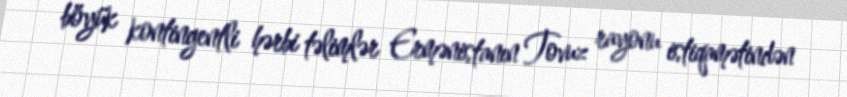
böyük kontingentli hərbi təlimlər Ermənistanın Tovuz rayonu istiqamətindən